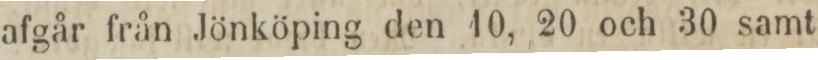
afgår från Jönköping den 10, 20 och 30 samt